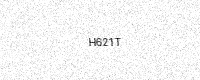
Text: H621T